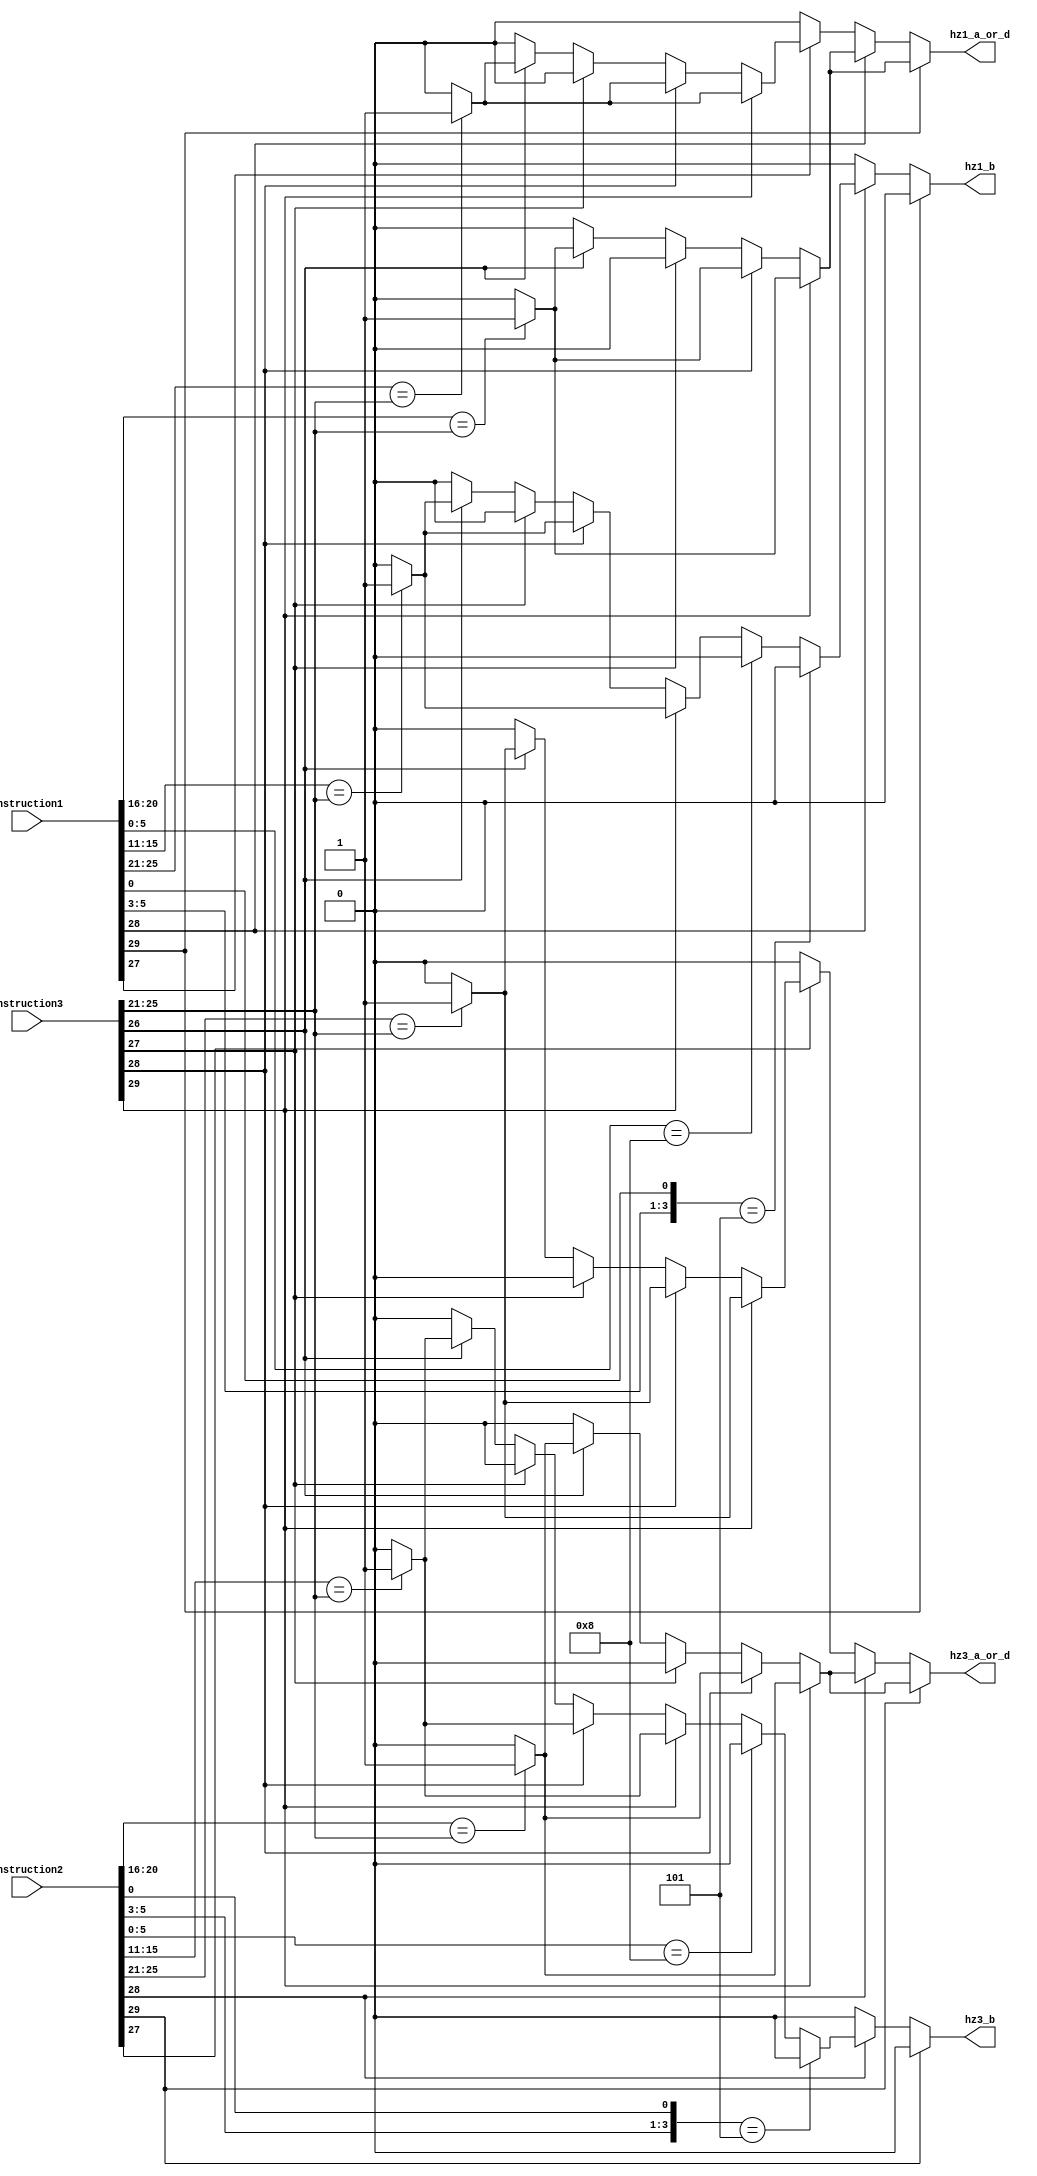
// Zhiyang Ong
// Andrew Mattheisen
// hazard_detect.v


module hazard_detect(instruction1, instruction2, instruction3, 
		hz1_a_or_d, hz1_b, /*hz2_a_or_d, hz2_b,*/ hz3_a_or_d, hz3_b);

	// INPUTS
	input [0:31] instruction1, instruction2, instruction3;
	
	// OUTPUTS
	output hz1_a_or_d, hz1_b, /*hz2_a_or_d, hz2_b,*/ hz3_a_or_d, hz3_b;
	
	// REGISTERS
	reg hz1_a_or_d, hz1_b, /*hz2_a_or_d, hz2_b,*/ hz3_a_or_d, hz3_b;
	
	// PARAMETERS
	parameter zero = 1'b0;
	parameter one = 1'b1;

	// HZ1 Detection
	always @ (instruction1 or instruction3)
		begin
		// Determine registers instruction1 reads
//---------------------------------------------
		if (instruction1[2] == 1'b1) // => instruction1 is wmv
			begin
				// value of Reg Alpha is used by instruction1
				// Determine registers instruction3 writes to
				if (instruction3[2] == 1'b1) // => instruction3 is wmv
					begin
						// value of Reg Delta is used by instruction3
						hz1_a_or_d <= (instruction1[11:15]==instruction3[6:10])? one : zero;
						hz1_b<=zero;
					end // if (instruction3[2] == 1'b1)
				else if (instruction3[3] == 1'b1) // must examine bits 0-5
					begin
					if ({instruction3[26:28], instruction3[31]} == 4'b0101) // instruction3 is immediate  shift
						begin
							// value of Reg Delta is used by instruction3
							hz1_a_or_d <= (instruction1[11:15]==instruction3[6:10])? one : zero;
							hz1_b<=zero;
						end
					else if (instruction3[26:31]==6'b001000) // instruction3 is wnot
						begin
							// value of Reg Delta is used by instruction3
							hz1_a_or_d <= (instruction1[11:15]==instruction3[6:10])? one : zero;
							hz1_b<=zero;
						end
					else // instruction3 is any other command
						begin
							// value of Reg Delta is used by instruction3
							hz1_a_or_d <= (instruction1[11:15]==instruction3[6:10])? one : zero;
							hz1_b<=zero;
						end
					end // else if (instruction3[3] == 1'b1)
				else if (instruction3[4]==1'b1) // => instruction3 is wst
					begin
						// No Registers are used by instruction3
						hz1_a_or_d <= zero;
						hz1_b<=zero;
					end // else if (instruction3[4]==1'b1)
				else if (instruction3[5]==1'b1) // => instruction3 is wld
					begin
						// value of Reg Delta is used by instruction3
						hz1_a_or_d <= (instruction1[11:15]==instruction3[6:10])? one : zero;
						hz1_b<=zero;
					end // else if (instruction3[5]==1'b1)   
				else // => instruction3 is NOP
					begin
						// No Registers are used by instruction3
						hz1_a_or_d <= zero;
						hz1_b<=zero;
					end // else
			end // if (instruction1[2] == 1'b1)
// -------------------------------------------------------
		else if (instruction1[3] == 1'b1) // must examine bits 0-5
			begin
			if ({instruction1[26:28], instruction1[31]} == 4'b0101) // instruction1 is immediate  shift
				begin
					// value of Reg Alpha is used by instruction1
					// Determine registers instruction3 writes to
					if (instruction3[2] == 1'b1) // => instr is wmv
						begin
							// value of Reg Delta is used by instruction3
							hz1_a_or_d <= (instruction1[11:15]==instruction3[6:10])? one : zero;
							hz1_b<=zero;
						end // if (instruction3[2] == 1'b1)
					else if (instruction3[3] == 1'b1) // must examine bits 0-5
						begin
						if ({instruction3[26:28], instruction3[31]} == 4'b0101) // instruction3 is immediate  shift
							begin
								// value of Reg Delta is used by instruction3
								hz1_a_or_d <= (instruction1[11:15]==instruction3[6:10])? one : zero;
								hz1_b<=zero;
							end
						else if (instruction3[26:31]==6'b001000) // instruction3 is wnot
							begin
								// value of Reg Delta is used by instruction3
								hz1_a_or_d <= (instruction1[11:15]==instruction3[6:10])? one : zero;
								hz1_b<=zero;
							end
						else // instruction3 is any other command
							begin
								// value of Reg Delta is used by instruction3
								hz1_a_or_d <= (instruction1[11:15]==instruction3[6:10])? one : zero;
								hz1_b<=zero;
							end
						end // else if (instruction3[3] == 1'b1)
					else if (instruction3[4]==1'b1) // => instruction3 is wst
						begin
							// No Registers are used by instruction3
							hz1_a_or_d <= zero;
							hz1_b<=zero;
						end // else if (instruction3[4]==1'b1)
					else if (instruction3[5]==1'b1) // => instruction3 is wld
						begin
							// value of Reg Delta is used by instruction3
							hz1_a_or_d <= (instruction1[11:15]==instruction3[6:10])? one : zero;
							hz1_b<=zero;
						end // else if (instruction3[5]==1'b1)   
					else // => instruction3 is NOP
						begin
							// No Registers are used by instruction3
							hz1_a_or_d <= zero;
							hz1_b<=zero;
						end // else
				end
// -------------------------------------------------------
			else if (instruction1[26:31]==6'b001000) // instruction1 is wnot
				begin
					// value of Reg Alpha is used by instruction1
					// Determine registers instruction3 writes to
					if (instruction3[2] == 1'b1) // => instr is wmv
						begin
							// value of Reg Delta is used by instruction3
							hz1_a_or_d <= (instruction1[11:15]==instruction3[6:10])? one : zero;
							hz1_b<=zero;
						end // if (instruction3[2] == 1'b1)
					else if (instruction3[3] == 1'b1) // must examine bits 0-5
						begin
						if ({instruction3[26:28], instruction3[31]} == 4'b0101) // instruction3 is immediate  shift
							begin
								// value of Reg Delta is used by instruction3
								hz1_a_or_d <= (instruction1[11:15]==instruction3[6:10])? one : zero;
								hz1_b<=zero;
							end
						else if (instruction3[26:31]==6'b001000) // instruction3 is wnot
							begin
								// value of Reg Delta is used by instruction3
								hz1_a_or_d <= (instruction1[11:15]==instruction3[6:10])? one : zero;
								hz1_b<=zero;
							end
						else // instruction3 is any other command
							begin
								// value of Reg Delta is used by instruction3
								hz1_a_or_d <= (instruction1[11:15]==instruction3[6:10])? one : zero;
								hz1_b<=zero;
							end
						end // else if (instruction3[3] == 1'b1)
					else if (instruction3[4]==1'b1) // => instruction3 is wst
						begin
							// No Registers are used by instruction3
							hz1_a_or_d <= zero;
							hz1_b<=zero;
						end // else if (instruction3[4]==1'b1)
					else if (instruction3[5]==1'b1) // => instruction3 is wld
						begin
							// value of Reg Delta is used by instruction3
							hz1_a_or_d <= (instruction1[11:15]==instruction3[6:10])? one : zero;
							hz1_b<=zero;
						end // else if (instruction3[5]==1'b1)   
					else // => instruction3 is NOP
						begin
							// No Registers are used by instruction3
							hz1_a_or_d <= zero;
							hz1_b<=zero;
						end // else
				end
// -------------------------------------------------------
			else // instruction1 is any other command
				begin
					// values of Reg Alpha and Reg Bravo are used by instruction1
					// Determine registers instruction3 writes to
					if (instruction3[2] == 1'b1) // => instr is wmv
						begin
							// value of Reg Delta is used by instruction3
							hz1_a_or_d <= (instruction1[11:15]==instruction3[6:10])? one : zero; 
							hz1_b <= (instruction1[16:20]==instruction3[6:10])? one : zero;
						end // if (instruction3[2] == 1'b1)
					else if (instruction3[3] == 1'b1) // must examine bits 0-5
						begin
						if ({instruction3[26:28], instruction3[31]} == 4'b0101) // instruction3 is immediate  shift
							begin
								// value of Reg Delta is used by instruction3
								hz1_a_or_d <= (instruction1[11:15]==instruction3[6:10])? one : zero; 
								hz1_b <= (instruction1[16:20]==instruction3[6:10])? one : zero;
							end
						else if (instruction3[26:31]==6'b001000) // instruction3 is wnot
							begin
								// value of Reg Delta is used by instruction3
								hz1_a_or_d <= (instruction1[11:15]==instruction3[6:10])? one : zero; 
								hz1_b <= (instruction1[16:20]==instruction3[6:10])? one : zero;
							end
						else // instruction3 is any other command
							begin
								// value of Reg Delta is used by instruction3
								hz1_a_or_d <= (instruction1[11:15]==instruction3[6:10])? one : zero; 
								hz1_b <= (instruction1[16:20]==instruction3[6:10])? one : zero;
							end
						end // else if (instruction3[3] == 1'b1)
					else if (instruction3[4]==1'b1) // => instruction3 is wst
						begin
							// No Registers are used by instruction3
							hz1_a_or_d <= zero;
							hz1_b <= zero;
						end // else if (instruction3[4]==1'b1)
					else if (instruction3[5]==1'b1) // => instruction3 is wld
						begin
							// value of Reg Delta is used by instruction3
							hz1_a_or_d <= (instruction1[11:15]==instruction3[6:10])? one : zero; 
							hz1_b <= (instruction1[16:20]==instruction3[6:10])? one : zero;
						end // else if (instruction3[5]==1'b1)   
					else // => instruction3 is NOP
						begin
							// No Registers are used by instruction3
							hz1_a_or_d <= zero;
							hz1_b <= zero;
						end // else
				end
			end // else if (instruction1[3] == 1'b1)
// ------------------------------------------------------
		else if (instruction1[4]==1'b1) // => instruction1 is wst
			begin
				// value of Reg Delta (writeback) is used by instruction1
				// Determine registers instruction3 writes to
				if (instruction3[2] == 1'b1) // => instr is wmv
					begin
						// value of Reg Delta is used by instruction3
						hz1_a_or_d <= (instruction1[6:10]==instruction3[6:10])? one : zero;
						hz1_b <= zero;
					end // if (instruction3[2] == 1'b1)
				else if (instruction3[3] == 1'b1) // must examine bits 0-5
					begin
					if ({instruction3[26:28], instruction3[31]} == 4'b0101) // instruction3 is immediate  shift
						begin
							// value of Reg Delta is used by instruction3
							hz1_a_or_d <= (instruction1[6:10]==instruction3[6:10])? one : zero;
							hz1_b <= zero;
						end
					else if (instruction3[26:31]==6'b001000) // instruction3 is wnot
						begin
							// value of Reg Delta is used by instruction3
							hz1_a_or_d <= (instruction1[6:10]==instruction3[6:10])? one : zero;
							hz1_b <= zero;
						end
					else // instruction3 is any other command
						begin
							// value of Reg Delta is used by instruction3
							hz1_a_or_d <= (instruction1[6:10]==instruction3[6:10])? one : zero;
							hz1_b <= zero;
						end
					end // else if (instruction3[3] == 1'b1)
				else if (instruction3[4]==1'b1) // => instruction3 is wst
					begin
						// No Registers are used by instruction3
						hz1_a_or_d <= zero;
						hz1_b <= zero;
					end // else if (instruction3[4]==1'b1)
				else if (instruction3[5]==1'b1) // => instruction3 is wld
					begin
						// value of Reg Delta is used by instruction3
						hz1_a_or_d <= (instruction1[6:10]==instruction3[6:10])? one : zero;
						hz1_b <= zero;
					end // else if (instruction3[5]==1'b1)   
				else // => instruction3 is NOP
					begin
						// No Registers are used by instruction3
						hz1_a_or_d <= zero;
						hz1_b <= zero;
					end // else
			end // else if (instruction1[4]==1'b1)
// ------------------------------------------------------
		else if (instruction1[5]==1'b1) // => instruction1 is wld
			begin
				// No Registers are used by instruction1
				hz1_a_or_d <= zero;
				hz1_b <= zero;
			end // else if (instruction1[5]==1'b1)   
// ------------------------------------------------------
		else // => instruction1 is NOP
			begin
				// No Registers are used by instruction1
				hz1_a_or_d <= zero;
				hz1_b <= zero;
			end // else
// -------------------------------------------------------
		end // always @ (instruction1 or instruction3)



// ================================================================================================================
// ================================================================================================================
// ================================================================================================================
// ================================================================================================================
// ================================================================================================================
// ================================================================================================================
// ================================================================================================================
// ================================================================================================================
// ================================================================================================================
// ================================================================================================================
// ================================================================================================================
// ================================================================================================================
// ================================================================================================================
// ================================================================================================================
// ================================================================================================================
// ================================================================================================================


/* 
	// HZ2 Detection
	always @ (instruction1 or instruction2)
		begin
		// Determine registers instruction1 reads
//---------------------------------------------
		if (instruction1[2] == 1'b1) // => instr is wmv
			begin
				// value of Reg Alpha is used by instruction1
				// Determine registers instruction2 writes to
				if (instruction2[2] == 1'b1) // => instr is wmv
					begin
						// value of Reg Delta is used by instruction2
						hz2_a_or_d <= (instruction1[11:15]==instruction2[6:10])? one : zero;
						hz2_b <= zero;
					end // if (instruction2[2] == 1'b1)
				else if (instruction2[3] == 1'b1) // must examine bits 0-5
					begin
					if ({instruction2[26:28], instruction2[31]} == 4'b0101) // instruction2 is immediate  shift
						begin
							// value of Reg Delta is used by instruction2
							hz2_a_or_d <= (instruction1[11:15]==instruction2[6:10])? one : zero;
							hz2_b <= zero;
						end
					else if (instruction2[26:31]==6'b001000) // instruction2 is wnot
						begin
							// value of Reg Delta is used by instruction2
							hz2_a_or_d <= (instruction1[11:15]==instruction2[6:10])? one : zero;
							hz2_b <= zero;
						end
					else // instruction2 is any other command
						begin
							// value of Reg Delta is used by instruction2
							hz2_a_or_d <= (instruction1[11:15]==instruction2[6:10])? one : zero;
							hz2_b <= zero;
						end
					end // else if (instruction2[3] == 1'b1)
				else if (instruction2[4]==1'b1) // => instruction2 is wst
					begin
						// No Registers are used by instruction2
						hz2_a_or_d <= zero;
						hz2_b <= zero;
					end // else if (instruction2[4]==1'b1)
				else if (instruction2[5]==1'b1) // => instruction2 is wld
					begin
						// value of Reg Delta is used by instruction2
						hz2_a_or_d <= (instruction1[11:15]==instruction2[6:10])? one : zero;
						hz2_b <= zero;
					end // else if (instruction2[5]==1'b1)   
				else // => instruction2 is NOP
					begin
						// No Registers are used by instruction2
						hz2_a_or_d <= zero;
						hz2_b <= zero;
					end // else
			end // if (instruction1[2] == 1'b1)
// -------------------------------------------------------
		else if (instruction1[3] == 1'b1) // must examine bits 0-5
			begin
			if ({instruction1[26:28], instruction1[31]} == 4'b0101) // instruction1 is immediate  shift
				begin
					// value of Reg Alpha is used by instruction1
					// Determine registers instruction2 writes to
					if (instruction2[2] == 1'b1) // => instr is wmv
						begin
							// value of Reg Delta is used by instruction2
							hz2_a_or_d <= (instruction1[11:15]==instruction2[6:10])? one : zero;
							hz2_b <= zero;
						end // if (instruction2[2] == 1'b1)
					else if (instruction2[3] == 1'b1) // must examine bits 0-5
						begin
						if ({instruction2[26:28], instruction2[31]} == 4'b0101) // instruction2 is immediate  shift
							begin
								// value of Reg Delta is used by instruction2
								hz2_a_or_d <= (instruction1[11:15]==instruction2[6:10])? one : zero;
								hz2_b <= zero;
							end
						else if (instruction2[26:31]==6'b001000) // instruction2 is wnot
							begin
								// value of Reg Delta is used by instruction2
								hz2_a_or_d <= (instruction1[11:15]==instruction2[6:10])? one : zero;
								hz2_b <= zero;
							end
						else // instruction2 is any other command
							begin
								// value of Reg Delta is used by instruction2
								hz2_a_or_d <= (instruction1[11:15]==instruction2[6:10])? one : zero;
								hz2_b <= zero;
							end
						end // else if (instruction2[3] == 1'b1)
					else if (instruction2[4]==1'b1) // => instruction2 is wst
						begin
							// No Registers are used by instruction2
							hz2_a_or_d <= zero;
							hz2_b <= zero;
						end // else if (instruction2[4]==1'b1)
					else if (instruction2[5]==1'b1) // => instruction2 is wld
						begin
							// value of Reg Delta is used by instruction2
							hz2_a_or_d <= (instruction1[11:15]==instruction2[6:10])? one : zero;
							hz2_b <= zero;
						end // else if (instruction2[5]==1'b1)   
					else // => instruction2 is NOP
						begin
							// No Registers are used by instruction2
							hz2_a_or_d <= zero;
							hz2_b <= zero;
						end // else
				end
// -------------------------------------------------------
			else if (instruction1[26:31]==6'b001000) // instruction1 is wnot
				begin
					// value of Reg Alpha is used by instruction1
					// Determine registers instruction2 writes to
					if (instruction2[2] == 1'b1) // => instr is wmv
						begin
							// value of Reg Delta is used by instruction2
							hz2_a_or_d <= (instruction1[11:15]==instruction2[6:10])? one : zero;
							hz2_b <= zero;
						end // if (instruction2[2] == 1'b1)
					else if (instruction2[3] == 1'b1) // must examine bits 0-5
						begin
						if ({instruction2[26:28], instruction2[31]} == 4'b0101) // instruction2 is immediate  shift
							begin
								// value of Reg Delta is used by instruction2
								hz2_a_or_d <= (instruction1[11:15]==instruction2[6:10])? one : zero;
								hz2_b <= zero;
							end
						else if (instruction2[26:31]==6'b001000) // instruction2 is wnot
							begin
								// value of Reg Delta is used by instruction2
								hz2_a_or_d <= (instruction1[11:15]==instruction2[6:10])? one : zero;
								hz2_b <= zero;
							end
						else // instruction2 is any other command
							begin
								// value of Reg Delta is used by instruction2
								hz2_a_or_d <= (instruction1[11:15]==instruction2[6:10])? one : zero;
								hz2_b <= zero;
							end
						end // else if (instruction2[3] == 1'b1)
					else if (instruction2[4]==1'b1) // => instruction2 is wst
						begin
							// No Registers are used by instruction2
							hz2_a_or_d <= zero;
							hz2_b <= zero;
						end // else if (instruction2[4]==1'b1)
					else if (instruction2[5]==1'b1) // => instruction2 is wld
						begin
							// value of Reg Delta is used by instruction2
							hz2_a_or_d <= (instruction1[11:15]==instruction2[6:10])? one : zero;
							hz2_b <= zero;
						end // else if (instruction2[5]==1'b1)   
					else // => instruction2 is NOP
						begin
							// No Registers are used by instruction2
							hz2_a_or_d <= zero;
							hz2_b <= zero;
						end // else
				end
// -------------------------------------------------------
			else // instruction1 is any other command
				begin
					// values of Reg Alpha and Reg Bravo are used by instruction1
					// Determine registers instruction2 writes to
					if (instruction2[2] == 1'b1) // => instr is wmv
						begin
							// value of Reg Delta is used by instruction2
							hz2_a_or_d <= (instruction1[11:15]==instruction2[6:10])? one : zero;
							hz2_b <= (instruction1[16:20]==instruction2[6:10])? one : zero;
						end // if (instruction2[2] == 1'b1)
					else if (instruction2[3] == 1'b1) // must examine bits 0-5
						begin
						if ({instruction2[26:28], instruction2[31]} == 4'b0101) // instruction2 is immediate  shift
							begin
								// value of Reg Delta is used by instruction2
								hz2_a_or_d <= (instruction1[11:15]==instruction2[6:10])? one : zero;
								hz2_b <= (instruction1[16:20]==instruction2[6:10])? one : zero;
							end
						else if (instruction2[26:31]==6'b001000) // instruction2 is wnot
							begin
								// value of Reg Delta is used by instruction2
								hz2_a_or_d <= (instruction1[11:15]==instruction2[6:10])? one : zero;
								hz2_b <= (instruction1[16:20]==instruction2[6:10])? one : zero;
							end
						else // instruction2 is any other command
							begin
								// value of Reg Delta is used by instruction2
								hz2_a_or_d <= (instruction1[11:15]==instruction2[6:10])? one : zero;
								hz2_b <= (instruction1[16:20]==instruction2[6:10])? one : zero;
							end
						end // else if (instruction2[3] == 1'b1)
					else if (instruction2[4]==1'b1) // => instruction2 is wst
						begin
							// No Registers are used by instruction2
							hz2_a_or_d <= zero;
							hz2_b <= zero;
						end // else if (instruction2[4]==1'b1)
					else if (instruction2[5]==1'b1) // => instruction2 is wld
						begin
							// value of Reg Delta is used by instruction2
							hz2_a_or_d <= (instruction1[11:15]==instruction2[6:10])? one : zero;
							hz2_b <= (instruction1[16:20]==instruction2[6:10])? one : zero;
						end // else if (instruction2[5]==1'b1)   
					else // => instruction2 is NOP
						begin
							// No Registers are used by instruction2
							hz2_a_or_d <= zero;
							hz2_b <= zero;
						end // else
				end
			end // else if (instruction1[3] == 1'b1)
// ------------------------------------------------------
		else if (instruction1[4]==1'b1) // => instruction1 is wst
			begin
				// value of Reg Delta (writeback) is used by instruction1
				// Determine registers instruction2 writes to
				if (instruction2[2] == 1'b1) // => instr is wmv
					begin
						// value of Reg Delta is used by instruction2
						hz2_a_or_d <= (instruction1[6:10]==instruction2[6:10])? one : zero;
						hz2_b <= zero;
					end // if (instruction2[2] == 1'b1)
				else if (instruction2[3] == 1'b1) // must examine bits 0-5
					begin
					if ({instruction2[26:28], instruction2[31]} == 4'b0101) // instruction2 is immediate  shift
						begin
							// value of Reg Delta is used by instruction2
							hz2_a_or_d <= (instruction1[6:10]==instruction2[6:10])? one : zero;
							hz2_b <= zero;
						end
					else if (instruction2[26:31]==6'b001000) // instruction2 is wnot
						begin
							// value of Reg Delta is used by instruction2
							hz2_a_or_d <= (instruction1[6:10]==instruction2[6:10])? one : zero;
							hz2_b <= zero;
						end
					else // instruction2 is any other command
						begin
							// value of Reg Delta is used by instruction2
							hz2_a_or_d <= (instruction1[6:10]==instruction2[6:10])? one : zero;
							hz2_b <= zero;
						end
					end // else if (instruction2[3] == 1'b1)
				else if (instruction2[4]==1'b1) // => instruction2 is wst
					begin
						// No Registers are used by instruction2
						hz2_a_or_d <= zero;
						hz2_b <= zero;
					end // else if (instruction2[4]==1'b1)
				else if (instruction2[5]==1'b1) // => instruction2 is wld
					begin
						// value of Reg Delta is used by instruction2
						hz2_a_or_d <= (instruction1[6:10]==instruction2[6:10])? one : zero;
						hz2_b <= zero;
					end // else if (instruction2[5]==1'b1)   
				else // => instruction2 is NOP
					begin
						// No Registers are used by instruction2
						hz2_a_or_d <= zero;
						hz2_b <= zero;
					end // else
			end // else if (instruction1[4]==1'b1)
// ------------------------------------------------------
		else if (instruction1[5]==1'b1) // => instruction1 is wld
			begin
				// No Registers are used by instruction1
				hz2_a_or_d <= zero;
				hz2_b <= zero;
			end // else if (instruction1[5]==1'b1)   
// ------------------------------------------------------
		else // => instruction1 is NOP
			begin
				// No Registers are used by instruction1
				hz2_a_or_d <= zero;
				hz2_b <= zero;
			end // else
// -------------------------------------------------------
		end // always @ (instruction1 or instruction2)
*/

// ================================================================================================================
// ================================================================================================================
// ================================================================================================================
// ================================================================================================================
// ================================================================================================================
// ================================================================================================================
// ================================================================================================================
// ================================================================================================================
// ================================================================================================================
// ================================================================================================================
// ================================================================================================================
// ================================================================================================================
// ================================================================================================================
// ================================================================================================================
// ================================================================================================================
// ================================================================================================================


	// HZ3 Detection
	always @ (instruction2 or instruction3)
		begin
		// Determine registers instruction2 reads
//---------------------------------------------
		if (instruction2[2] == 1'b1) // => instr is wmv
			begin
				// value of Reg Alpha is used by instruction2
				// Determine registers instruction3 writes to
				if (instruction3[2] == 1'b1) // => instr is wmv
					begin
						// value of Reg Delta is used by instruction3
						hz3_a_or_d <= (instruction2[11:15]==instruction3[6:10])? one : zero;
						hz3_b <= zero;
					end // if (instruction3[2] == 1'b1)
				else if (instruction3[3] == 1'b1) // must examine bits 0-5
					begin
					if ({instruction3[26:28], instruction3[31]} == 4'b0101) // instruction3 is immediate  shift
						begin
							// value of Reg Delta is used by instruction3
							hz3_a_or_d <= (instruction2[11:15]==instruction3[6:10])? one : zero;
							hz3_b <= zero;
						end
					else if (instruction3[26:31]==6'b001000) // instruction3 is wnot
						begin
							// value of Reg Delta is used by instruction3
							hz3_a_or_d <= (instruction2[11:15]==instruction3[6:10])? one : zero;
							hz3_b <= zero;
						end
					else // instruction3 is any other command
						begin
							// value of Reg Delta is used by instruction3
							hz3_a_or_d <= (instruction2[11:15]==instruction3[6:10])? one : zero;
							hz3_b <= zero;
						end
					end // else if (instruction3[3] == 1'b1)
				else if (instruction3[4]==1'b1) // => instruction3 is wst
					begin
						// No Registers are used by instruction3
						hz3_a_or_d <= zero;
						hz3_b <= zero;
					end // else if (instruction3[4]==1'b1)
				else if (instruction3[5]==1'b1) // => instruction3 is wld
					begin
						// value of Reg Delta is used by instruction3
						hz3_a_or_d <= (instruction2[11:15]==instruction3[6:10])? one : zero;
						hz3_b <= zero;
					end // else if (instruction3[5]==1'b1)   
				else // => instruction3 is NOP
					begin
						// No Registers are used by instruction3
						hz3_a_or_d <= zero;
						hz3_b <= zero;
					end // else
			end // if (instruction2[2] == 1'b1)
// -------------------------------------------------------
		else if (instruction2[3] == 1'b1) // must examine bits 0-5
			begin
			if ({instruction2[26:28], instruction2[31]} == 4'b0101) // instruction2 is immediate  shift
				begin
					// value of Reg Alpha is used by instruction2
					// Determine registers instruction3 writes to
					if (instruction3[2] == 1'b1) // => instr is wmv
						begin
							// value of Reg Delta is used by instruction3
							hz3_a_or_d <= (instruction2[11:15]==instruction3[6:10])? one : zero;
							hz3_b <= zero;
						end // if (instruction3[2] == 1'b1)
					else if (instruction3[3] == 1'b1) // must examine bits 0-5
						begin
						if ({instruction3[26:28], instruction3[31]} == 4'b0101) // instruction3 is immediate  shift
							begin
								// value of Reg Delta is used by instruction3
								hz3_a_or_d <= (instruction2[11:15]==instruction3[6:10])? one : zero;
								hz3_b <= zero;
							end
						else if (instruction3[26:31]==6'b001000) // instruction3 is wnot
							begin
								// value of Reg Delta is used by instruction3
								hz3_a_or_d <= (instruction2[11:15]==instruction3[6:10])? one : zero;
								hz3_b <= zero;
							end
						else // instruction3 is any other command
							begin
								// value of Reg Delta is used by instruction3
								hz3_a_or_d <= (instruction2[11:15]==instruction3[6:10])? one : zero;
								hz3_b <= zero;
							end
						end // else if (instruction3[3] == 1'b1)
					else if (instruction3[4]==1'b1) // => instruction3 is wst
						begin
							// No Registers are used by instruction3
							hz3_a_or_d <= zero;
							hz3_b <= zero;
						end // else if (instruction3[4]==1'b1)
					else if (instruction3[5]==1'b1) // => instruction3 is wld
						begin
							// value of Reg Delta is used by instruction3
							hz3_a_or_d <= (instruction2[11:15]==instruction3[6:10])? one : zero;
							hz3_b <= zero;
						end // else if (instruction3[5]==1'b1)   
					else // => instruction3 is NOP
						begin
							// No Registers are used by instruction3
							hz3_a_or_d <= zero;
							hz3_b <= zero;
						end // else
				end
// -------------------------------------------------------
			else if (instruction2[26:31]==6'b001000) // instruction2 is wnot
				begin
					// value of Reg Alpha is used by instruction2
					// Determine registers instruction3 writes to
					if (instruction3[2] == 1'b1) // => instr is wmv
						begin
							// value of Reg Delta is used by instruction3
							hz3_a_or_d <= (instruction2[11:15]==instruction3[6:10])? one : zero;
							hz3_b <= zero;
						end // if (instruction3[2] == 1'b1)
					else if (instruction3[3] == 1'b1) // must examine bits 0-5
						begin
						if ({instruction3[26:28], instruction3[31]} == 4'b0101) // instruction3 is immediate  shift
							begin
								// value of Reg Delta is used by instruction3
								hz3_a_or_d <= (instruction2[11:15]==instruction3[6:10])? one : zero;
								hz3_b <= zero;
							end
						else if (instruction3[26:31]==6'b001000) // instruction3 is wnot
							begin
								// value of Reg Delta is used by instruction3
								hz3_a_or_d <= (instruction2[11:15]==instruction3[6:10])? one : zero;
								hz3_b <= zero;
							end
						else // instruction3 is any other command
							begin
								// value of Reg Delta is used by instruction3
								hz3_a_or_d <= (instruction2[11:15]==instruction3[6:10])? one : zero;
								hz3_b <= zero;
							end
						end // else if (instruction3[3] == 1'b1)
					else if (instruction3[4]==1'b1) // => instruction3 is wst
						begin
							// No Registers are used by instruction3
							hz3_a_or_d <= zero;
							hz3_b <= zero;
						end // else if (instruction3[4]==1'b1)
					else if (instruction3[5]==1'b1) // => instruction3 is wld
						begin
							// value of Reg Delta is used by instruction3
							hz3_a_or_d <= (instruction2[11:15]==instruction3[6:10])? one : zero;
							hz3_b <= zero;
						end // else if (instruction3[5]==1'b1)   
					else // => instruction3 is NOP
						begin
							// No Registers are used by instruction3
							hz3_a_or_d <= zero;
							hz3_b <= zero;
						end // else
				end
// -------------------------------------------------------
			else // instruction2 is any other command
				begin
					// values of Reg Alpha and Reg Bravo are used by instruction2
					// Determine registers instruction3 writes to
					if (instruction3[2] == 1'b1) // => instr is wmv
						begin
							// value of Reg Delta is used by instruction3
							hz3_a_or_d <= (instruction2[11:15]==instruction3[6:10])? one : zero;
							hz3_b <= (instruction2[16:20]==instruction3[6:10])? one : zero;
						end // if (instruction3[2] == 1'b1)
					else if (instruction3[3] == 1'b1) // must examine bits 0-5
						begin
						if ({instruction3[26:28], instruction3[31]} == 4'b0101) // instruction3 is immediate  shift
							begin
								// value of Reg Delta is used by instruction3
								hz3_a_or_d <= (instruction2[11:15]==instruction3[6:10])? one : zero;
								hz3_b <= (instruction2[16:20]==instruction3[6:10])? one : zero;
							end
						else if (instruction3[26:31]==6'b001000) // instruction3 is wnot
							begin
								// value of Reg Delta is used by instruction3
								hz3_a_or_d <= (instruction2[11:15]==instruction3[6:10])? one : zero;
								hz3_b <= (instruction2[16:20]==instruction3[6:10])? one : zero;
							end
						else // instruction3 is any other command
							begin
								// value of Reg Delta is used by instruction3
								hz3_a_or_d <= (instruction2[11:15]==instruction3[6:10])? one : zero;
								hz3_b <= (instruction2[16:20]==instruction3[6:10])? one : zero;
							end
						end // else if (instruction3[3] == 1'b1)
					else if (instruction3[4]==1'b1) // => instruction3 is wst
						begin
							// No Registers are used by instruction3
							hz3_a_or_d <= zero;
							hz3_b <= zero;
						end // else if (instruction3[4]==1'b1)
					else if (instruction3[5]==1'b1) // => instruction3 is wld
						begin
							// value of Reg Delta is used by instruction3
							hz3_a_or_d <= (instruction2[11:15]==instruction3[6:10])? one : zero;
							hz3_b <= (instruction2[16:20]==instruction3[6:10])? one : zero;
						end // else if (instruction3[5]==1'b1)   
					else // => instruction3 is NOP
						begin
							// No Registers are used by instruction3
							hz3_a_or_d <= zero;
							hz3_b <= zero;
						end // else
				end
			end // else if (instruction2[3] == 1'b1)
// ------------------------------------------------------
		else if (instruction2[4]==1'b1) // => instruction2 is wst
			begin
				// value of Reg Delta (writeback) is used by instruction2
				// Determine registers instruction3 writes to
				if (instruction3[2] == 1'b1) // => instr is wmv
					begin
						// value of Reg Delta is used by instruction3
						hz3_a_or_d <= (instruction2[6:10]==instruction3[6:10])? one : zero;
						hz3_b <= zero;
					end // if (instruction3[2] == 1'b1)
				else if (instruction3[3] == 1'b1) // must examine bits 0-5
					begin
					if ({instruction3[26:28], instruction3[31]} == 4'b0101) // instruction3 is immediate  shift
						begin
							// value of Reg Delta is used by instruction3
							hz3_a_or_d <= (instruction2[6:10]==instruction3[6:10])? one : zero;
							hz3_b <= zero;
						end
					else if (instruction3[26:31]==6'b001000) // instruction3 is wnot
						begin
							// value of Reg Delta is used by instruction3
							hz3_a_or_d <= (instruction2[6:10]==instruction3[6:10])? one : zero;
							hz3_b <= zero;
						end
					else // instruction3 is any other command
						begin
							// value of Reg Delta is used by instruction3
							hz3_a_or_d <= (instruction2[6:10]==instruction3[6:10])? one : zero;
							hz3_b <= zero;
						end
					end // else if (instruction3[3] == 1'b1)
				else if (instruction3[4]==1'b1) // => instruction3 is wst
					begin
						// No Registers are used by instruction3
						hz3_a_or_d <= zero;
						hz3_b <= zero;
					end // else if (instruction3[4]==1'b1)
				else if (instruction3[5]==1'b1) // => instruction3 is wld
					begin
						// value of Reg Delta is used by instruction3
						hz3_a_or_d <= (instruction2[6:10]==instruction3[6:10])? one : zero;
						hz3_b <= zero;
					end // else if (instruction3[5]==1'b1)   
				else // => instruction3 is NOP
					begin
						// No Registers are used by instruction3
						hz3_a_or_d <= zero;
						hz3_b <= zero;
					end // else
			end // else if (instruction2[4]==1'b1)
// ------------------------------------------------------
		else if (instruction2[5]==1'b1) // => instruction2 is wld
			begin
				// No Registers are used by instruction2
				hz3_a_or_d <= zero;
				hz3_b <= zero;
			end // else if (instruction2[5]==1'b1)   
// ------------------------------------------------------
		else // => instruction2 is NOP
			begin
				// No Registers are used by instruction2
				hz3_a_or_d <= zero;
				hz3_b <= zero;
			end // else
// -------------------------------------------------------
		end // always @ (instruction2 or instruction3)







endmodule